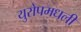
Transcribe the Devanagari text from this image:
युरोपमधली